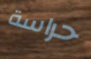
حراسة